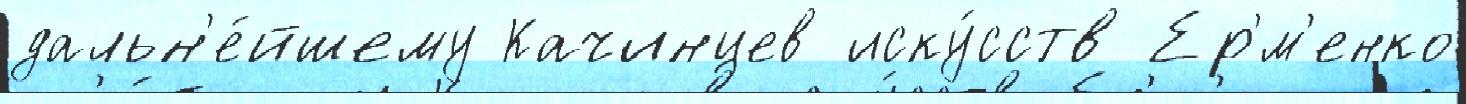
дальн'е́йшему Качинцев иску́сств Ер'́м'енко